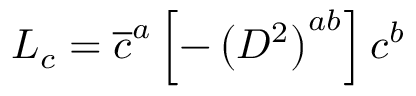
{ \cal { L } } _ { c } = \overline { { { c } } } ^ { a } \left[ - \left( D ^ { 2 } \right) ^ { a b } \right] c ^ { b }